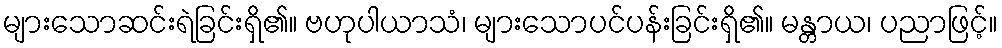
များသောဆင်းရဲခြင်းရှိ၏။ ဗဟုပါယာသံ၊ များသောပင်ပန်းခြင်းရှိ၏။ မန္တာယ၊ ပညာဖြင့်။